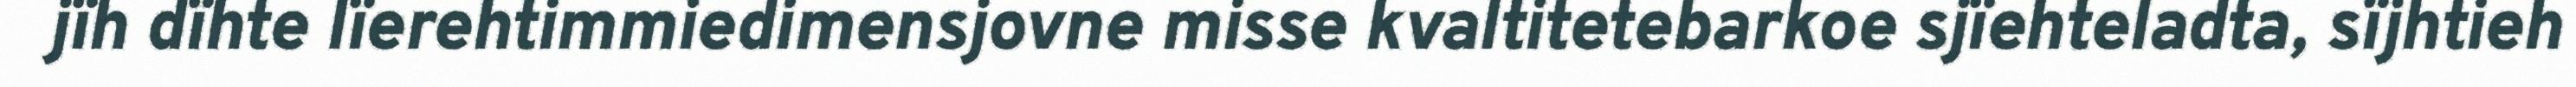
jïh dïhte lïerehtimmiedimensjovne misse kvaltitetebarkoe sjïehteladta, sïjhtieh